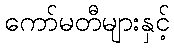
ကော်မတီများနှင့်